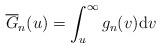
LaTeX: \begin{align*}\overline{G}_{n}(u)=\int_{u}^{\infty}{g}_{n}(v)\mathrm{d}v\end{align*}